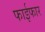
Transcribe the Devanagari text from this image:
फाईफार